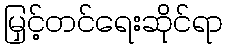
မြှင့်တင်ရေးဆိုင်ရာ